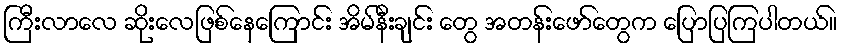
ကြီးလာလေ ဆိုးလေဖြစ်နေကြောင်း အိမ်နီးချင်း တွေ အတန်းဖော်တွေက ပြောပြကြပါတယ်။